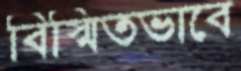
বিস্মিতভাবে